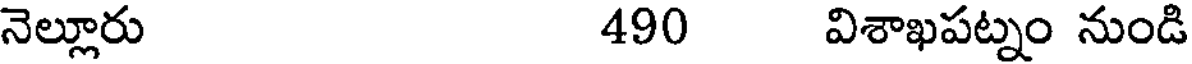
నెల్లూరు 490 విశాఖపట్నం నుండి